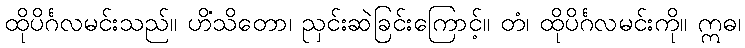
ထိုပိင်္ဂလမင်းသည်။ ဟိံသိတော၊ ညှင်းဆဲခြင်းကြောင့်။ တံ၊ ထိုပိင်္ဂလမင်းကို။ ဣဓ၊